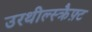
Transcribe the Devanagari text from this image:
उरथील्स्क्रैफ़्ट